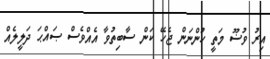
އިރު ވުޟޫ މަތީ ހުންނަން ޖެހޭ ކަން ސާބިތުވާ އެއްވެސް ޞައްޙަ ދަލީލެއް